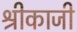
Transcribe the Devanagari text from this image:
श्रीकाजी